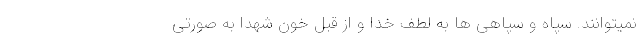
نمیتوانند. سپاه و سپاهی ها به لطف خدا و از قِبَل خون شهدا به صورتی